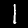
Label: 1